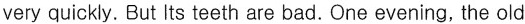
very quickly. But Its teeth are bad. One evening, the old